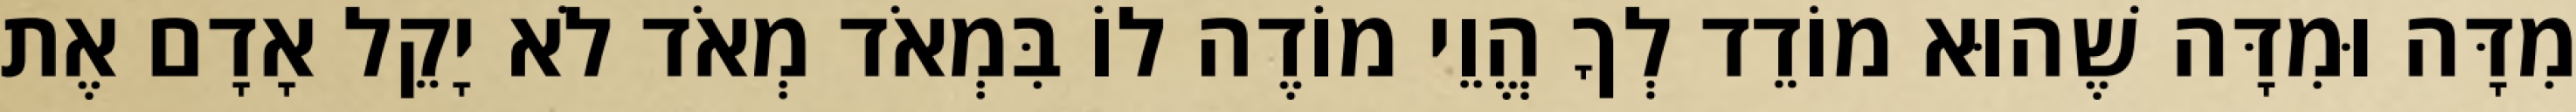
מִדָּה וּמִדָּה שֶׁהוּא מוֹדֵד לְךָ הֱוֵי מוֹדֶה לוֹ בִּמְאֹד מְאֹד לֹא יָקֵל אָדָם אֶת